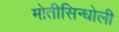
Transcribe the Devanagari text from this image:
मोतीसिन्धोली